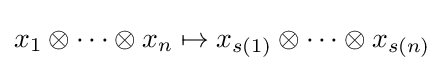
x_{1}\otimes \cdots \otimes x_{n}\mapsto x_{s(1)}\otimes \cdots \otimes x_{s(n)}